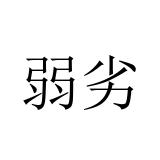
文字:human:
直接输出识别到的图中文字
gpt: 弱劣